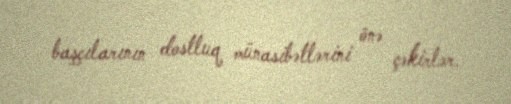
başçılarının dostluq münasibətlərini önə çəkirlər.